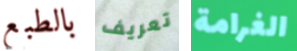
بالطبع تعريف الغرامة